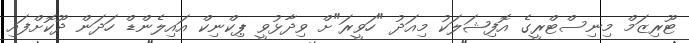
ޓޫރިޒަމް މިނިސްޓްރީގެ އޮފިޝަލަކު މިއަދު "ހަވީރަ"ށް ވިދާޅުވީ ޕިކްނިކް އައިލެންޑް ހަދަން ދޫކޮށްފައި